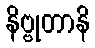
နိဗ္ဗုတာနိ